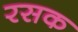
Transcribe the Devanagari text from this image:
रसक